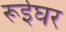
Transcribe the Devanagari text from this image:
रूईघर